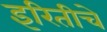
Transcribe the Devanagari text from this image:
इरितीचे